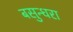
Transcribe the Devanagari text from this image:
बसुन्धरा